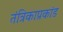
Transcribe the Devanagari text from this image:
तंत्रिकाप्रकांड